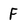
Character: F